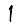
Digit: 1